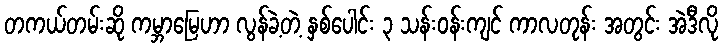
တကယ်တမ်းဆို ကမ္ဘာမြေဟာ လွန်ခဲ့တဲ့ နှစ်ပေါင်း ၃ သန်းဝန်းကျင် ကာလတုန်း အတွင်း အဲဒီလို